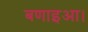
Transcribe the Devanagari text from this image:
बणाइआ।